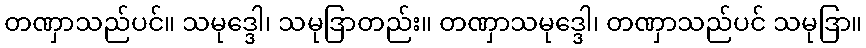
တဏှာသည်ပင်။ သမုဒ္ဒေါ၊ သမုဒြာတည်း။ တဏှာသမုဒ္ဒေါ၊ တဏှာသည်ပင် သမုဒြာ။